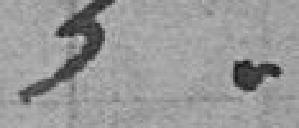
5//